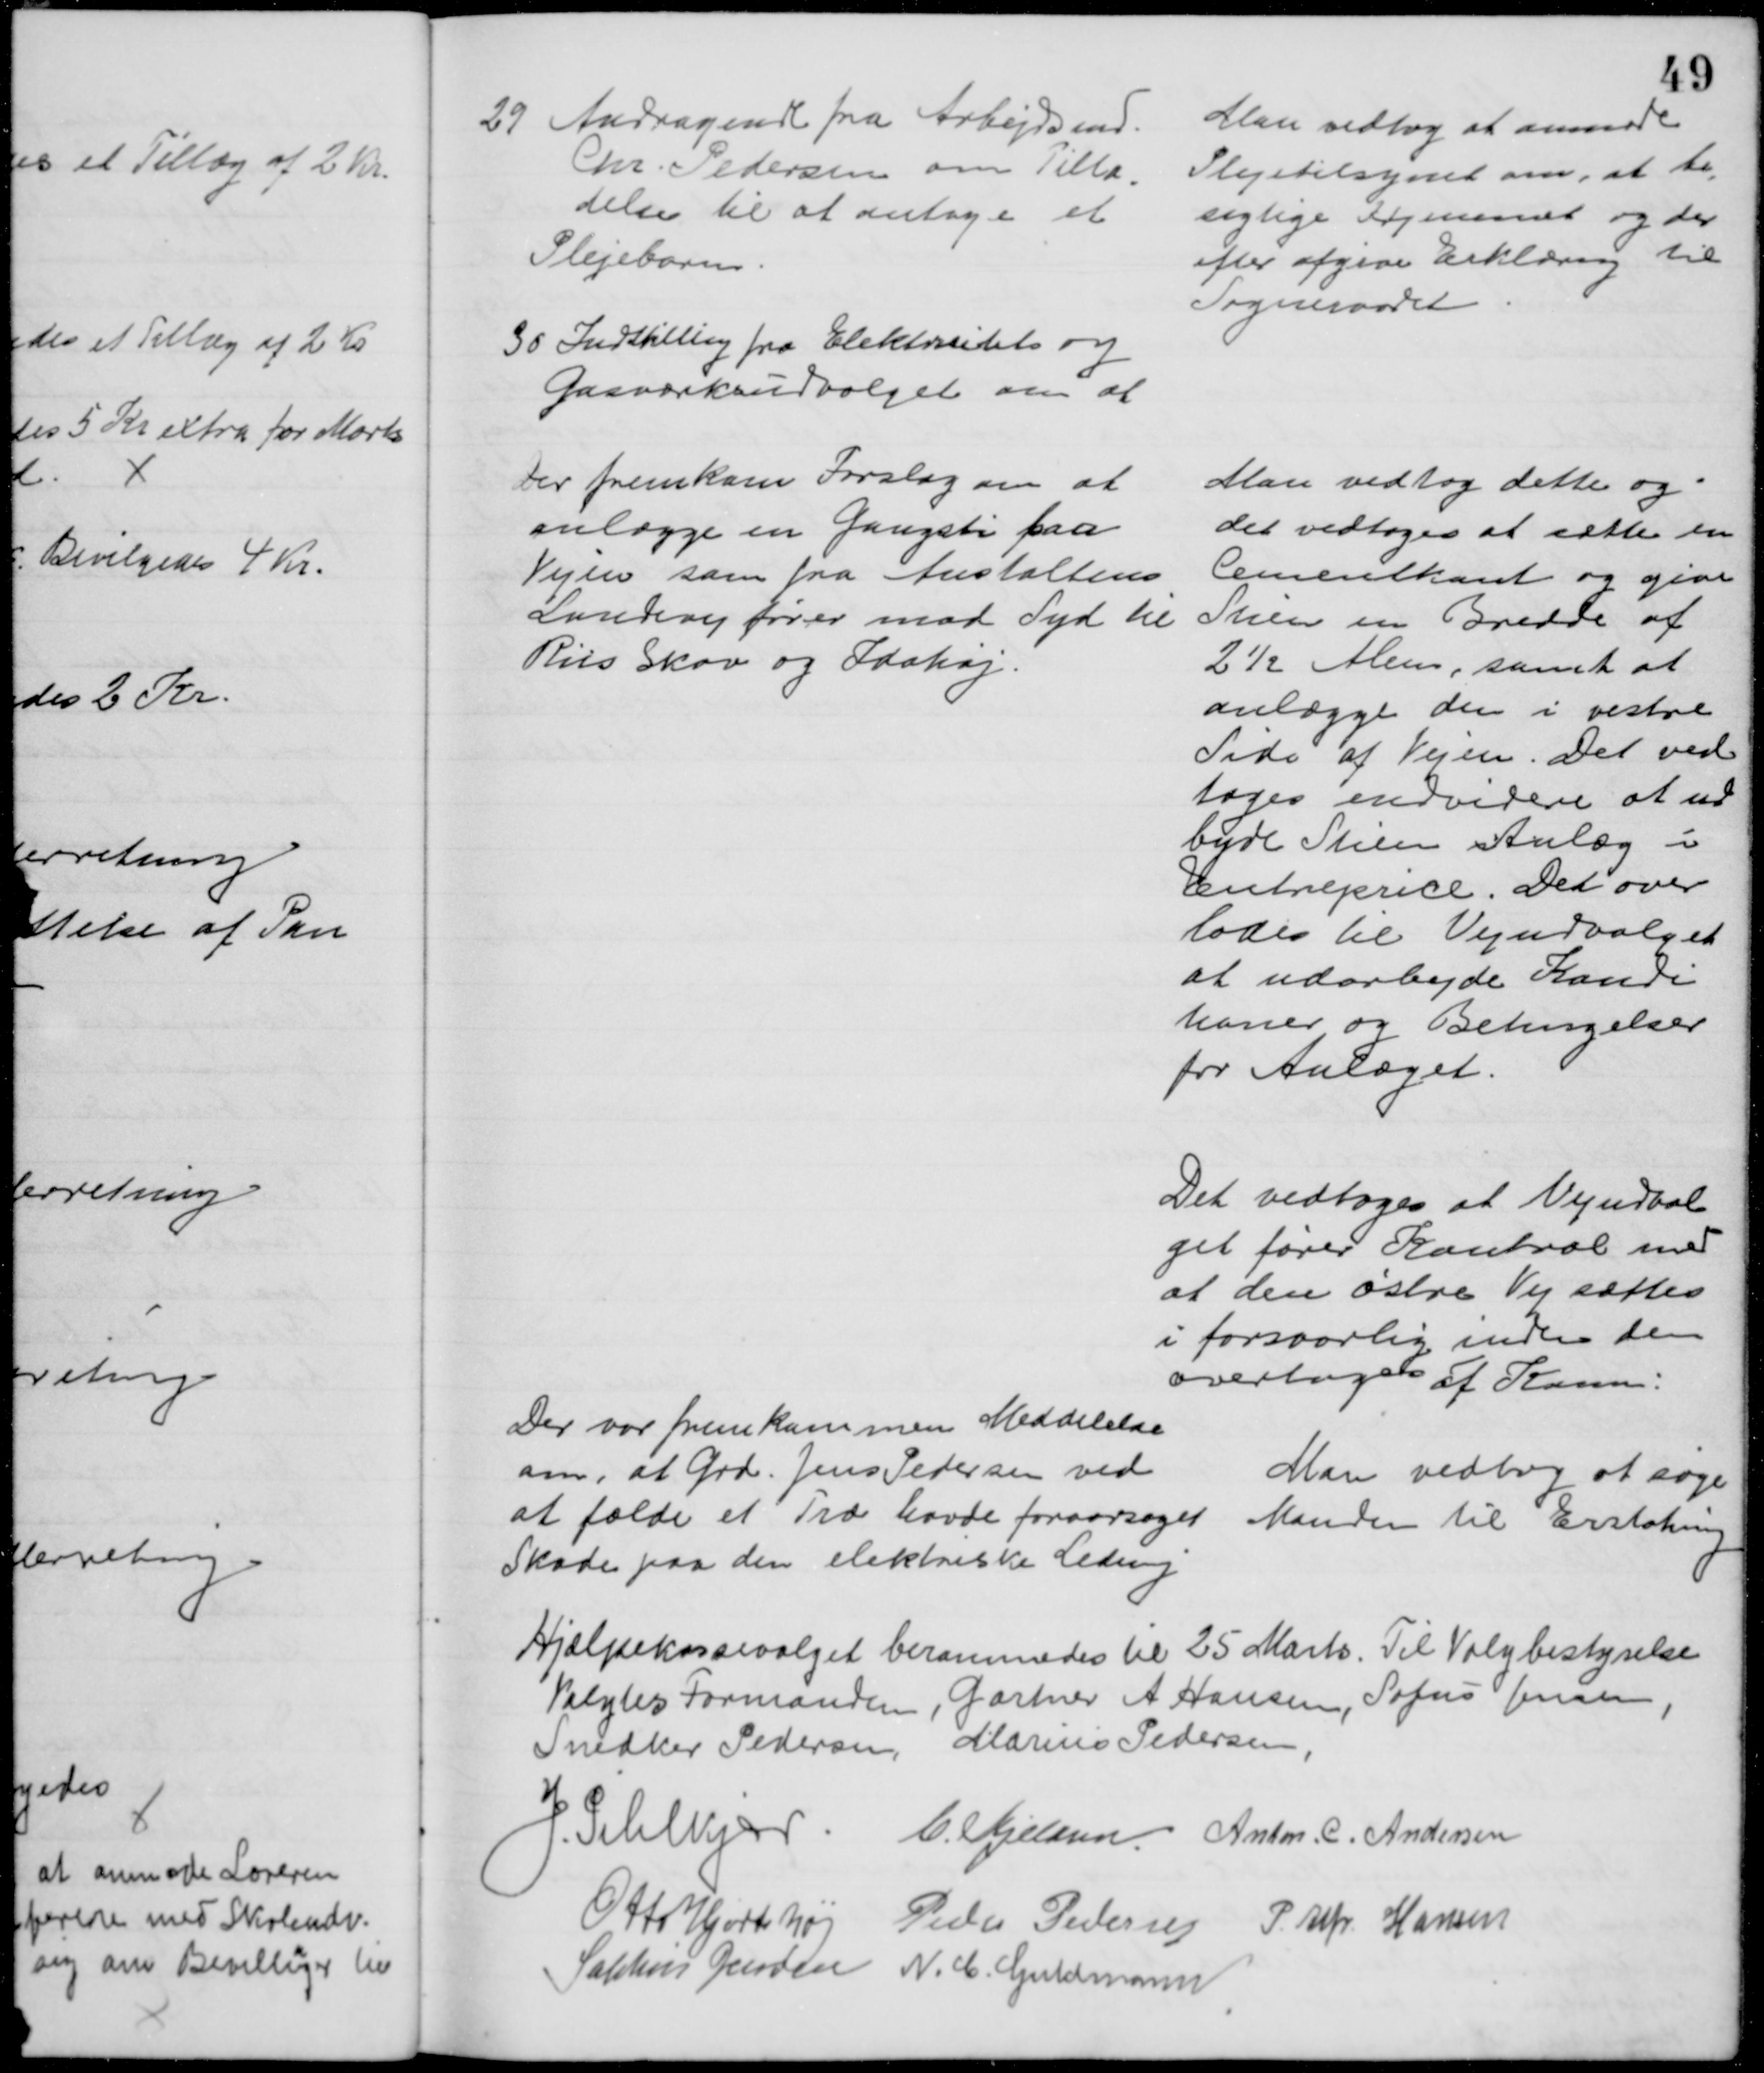
Transskription:
29. Andragende fra Arbejdsmd.
Chr. Pedersen om Tilla-
delse til at antage et
Plejebarn
Man vedtog at anmode
Plejetilsynet om, at be-
sigtige Hjemmet og der
efter afgive Erklæring til
Sogneraadet
30 Indstilling fra Elektricitets og
Gasværksudvalget om at
Der fremkom Forslag om at
anlægge en Gangsti fra
Vejen som fra Anstaltens
Landevej fører mod Syd til 
Riis Skov og Idahøj.
Man vedtog dette og 
det vedtoges at sætte en 
Cementkant og give
Stien en Bredde af
2½ Alen, samt at
anlægge den i vestre
Side af Vejen. Det ved
toges endvidere at ud
byde Stien iAnlæg i
Entreprice. Det over
lodes til Vejudvalget
at udarbejde Kondi
tioner og Betingelser
for Anlæget.
Det vedtoges at Vejudval
get fører Kontrol med
at den østre Vej sættes 
i forsvarlig inden den
overtages af Komm.
Der var fremkommen Meddelelse
om, at Grd. Jens Pedersen ved
at fælde et Træ havde foraarsaget 
Skade paa den elektriske Ledning
Man vedtog at søge
Manden til Erstatning 
Hjælpekassevalget berammedes til 25 Marts. Til Valgbestyrelse
Valgtes Formanden, Gartner A Hansen, Sofus Jensen,
Snedker Pedersen, Marius Pedersen,
J. Pihlkjær.
C. Kjeldsen. Anton. C. Andersen
Otto Hjortshøj
Peder Pedersen P. Alfr. Hansen
Sophus Jensen N. C. Guldmann